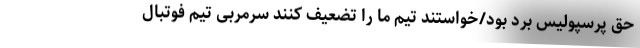
حق پرسپولیس برد بود/خواستند تیم ما را تضعیف کنند سرمربی تیم فوتبال